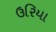
ઉરિયા